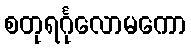
စတုရင်္ဂုလောမကော